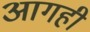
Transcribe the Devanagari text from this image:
आगही